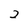
Character: 2